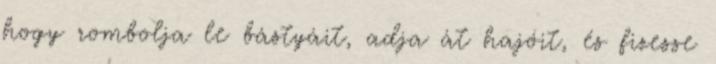
hogy rombolja le bástyáit, adja át hajóit, és fizesse